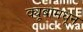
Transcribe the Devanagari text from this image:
क्यूबामधून